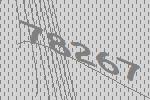
78267